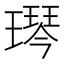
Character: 𬎋